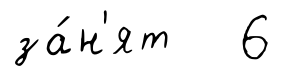
за́н'ят 6